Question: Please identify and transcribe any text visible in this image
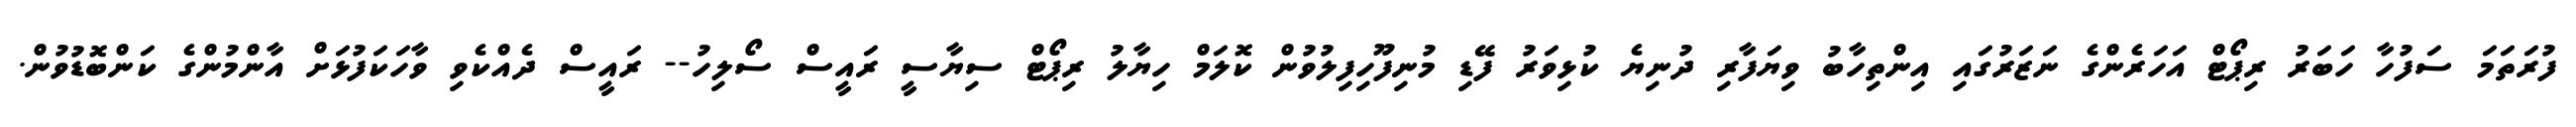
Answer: ފުރަތަމަ ސަފުހާ ހަބަރު ރިޕޯޓް އަހަރެންގެ ނަޒަރުގައި އިންތިހާބު ވިޔަފާރި ދުނިޔެ ކުޅިވަރު ފޭޑި މުނިފޫހިފިލުވުން ކޮލަމް ހިޔާލު ރިޕޯޓް ސިޔާސީ ރައީސް ސޯލިހު-- ރައީސް ދެއްކެވި ވާހަކަފުޅަށް އާންމުންގެ ކަންބޮޑުވުން.